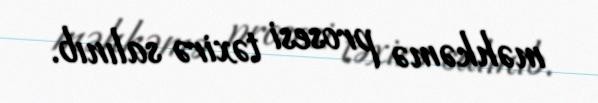
məhkəmə prosesi təxirə salınıb.